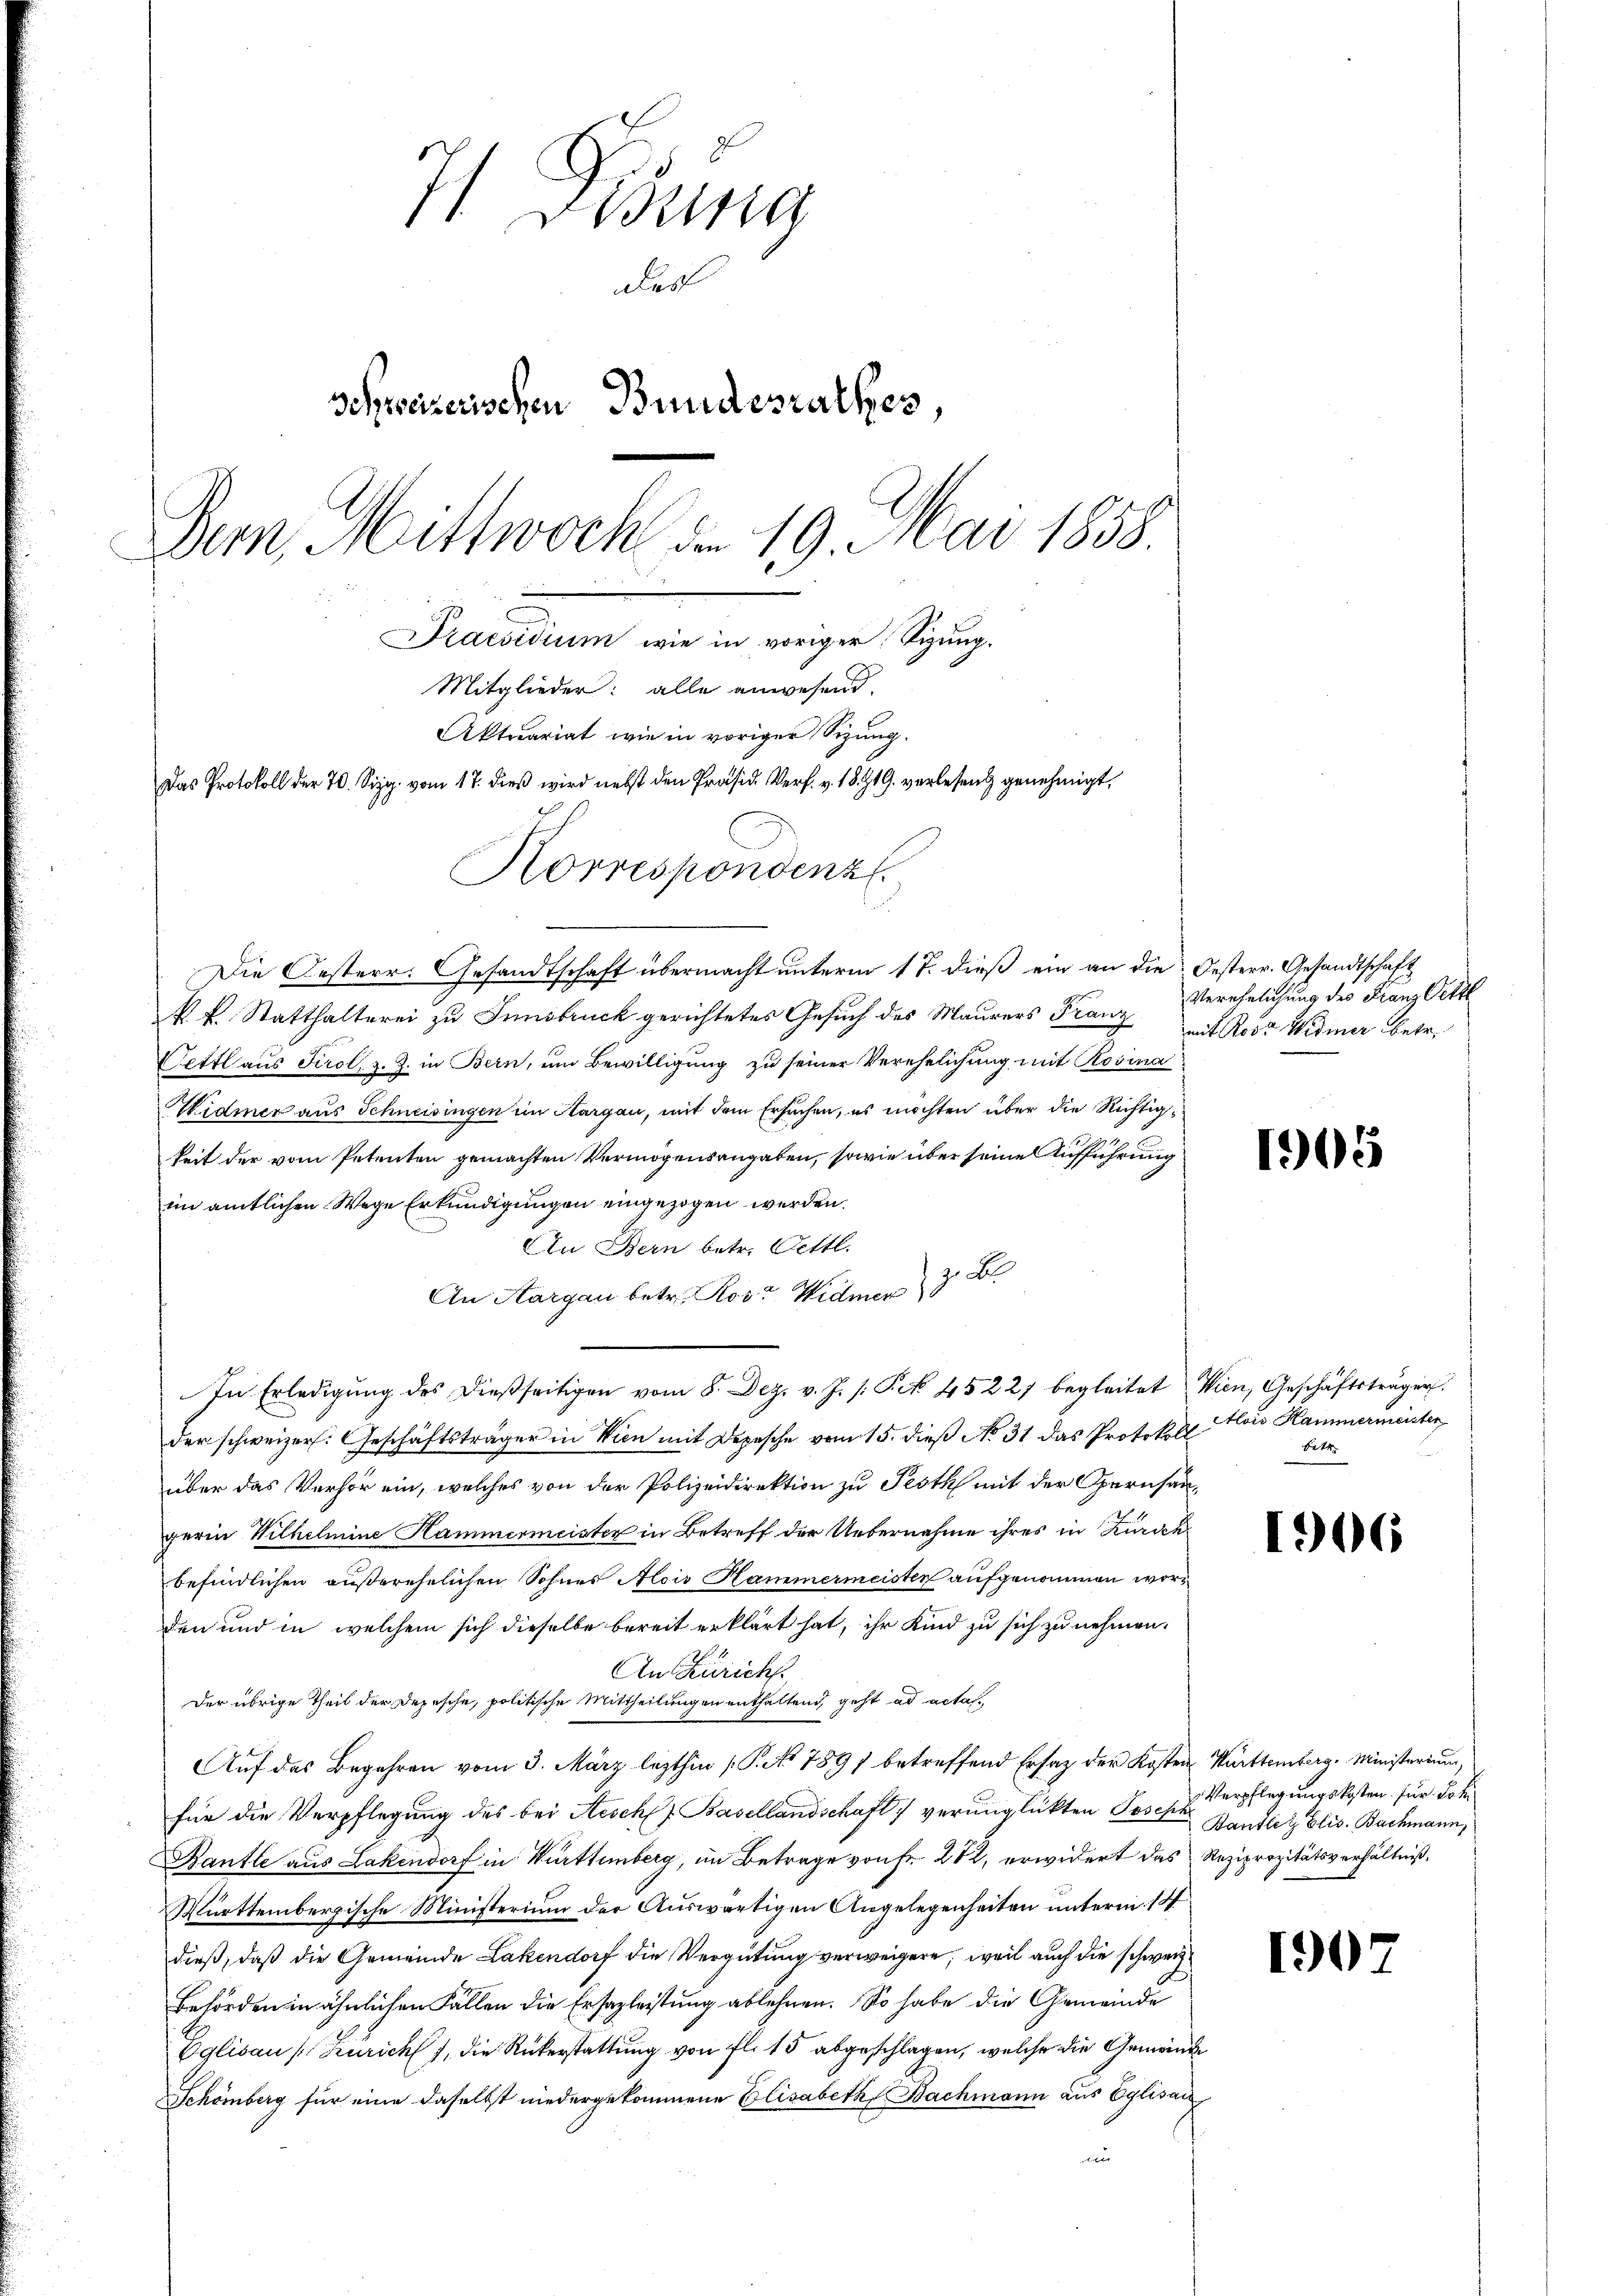
71 Desung
das
Schreizerischen Bundesrathes
Dern, Mittwoch den 19. Mai 1858.
Praesidium wie in voriger Sizung.
Mitglieder: alle anwesend
Aktuariat wie in voriger Sizung.
Das Protokoll der 70. Sizg. vom 17. dieß wird nebst den Präsid. Verf. v. 18. 219. verlesend genehmigt,
Korrespondenz.

Die Oesterr. Gesandtschaft übermacht unterm 17. dieß ein an die Oesterr. Gesandtschaft
k. k. Statthalterei zu Innsbruck gerichtetes Gesuch des Maurers Franz
Oettl aus Tirol, z. Z. in Bern, um Bewilligung zu seiner Verehelichung mit Rosina
Widmer aus Schneisingen im Aargau, mit dem Ersuchen, es möchten über die Richtigkeit der vom Petenten gemachten Vermögensangaben, sowie über seine Aufführung
im amtlichen Wege Erkundigungen eingezogen werden.
AIn Bern betr. Bettl.
An Aargau betr. Rose Widmer 3 B.
In Erledigŭng des dießseitigen vom 8. Dez. v. J. /: Pct. 45221 begleitet Wien, Geschäftsträger
der schweizer. Geschäftsträger in Wien mit Depesche vom 15. dieß No 31 das Protokoll
über das Verhör ein, welches von der Polizeidirektion zu Pesth mit der Opernhaugerin Wilhelmine Hammermeister in Betreff der Uebernahme ihres in Zürichbefindlichen außerehelichen Sohnes Alois Hammermeisten aufgenommen worden und in welchem sich dieselbe bereit erklärt hat, ihr Kind zu sich zu nehmen.
An Zürich.
Der übrige Theil der Depesche, politische Mittheilungen enthaltend, geht ad acta
Aŭf das Begehren vom 3. März lezthin (P.No 789 betreffend Ersatz der Kosten Württemberg. Ministerium,
für die Verpflegung des bei Aeschl. Basellandschaft verunglückten Josep
Ranfle aus Lakendorf in Württemberg, im Betrage von Fr. 282, erwidert das Reziprozitätsverhältniß,
Württembergische Ministerium der Auswärtigen Angelegenheiten unterm 14
dieß, daß die Gemeinde Lakendorf die Vergütung verweigere, weil auch die schweiz
Behörden in ähnlichen Fällen die Ersazleistung ablehnen. So habe die Gemeinde
Eglisau (Zürich, die Rükerstattung von fl. 15 abgeschlagen, welche die Gemeinde
Schömberg für eine daselbst niedergekommene Elisabeth, Bachmann aus Eglisau
1 xx

Verehelichung des Franz Oettl
mit Rose Widmer betr.

1905

Alois Hammermeisten
B

1906

Verpflegungskosten für Lok
Banzley Elis. Bachmann,

1907